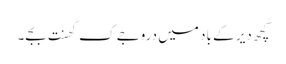
کُچھ دیر کے باد میں دروجے کِ گھنتِ بجے۔